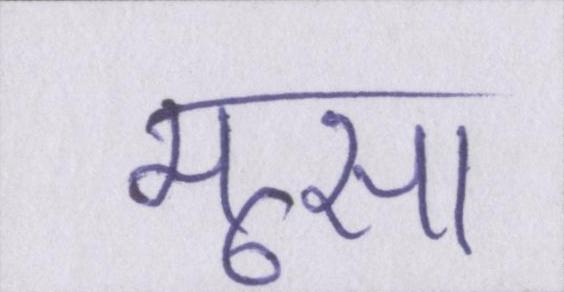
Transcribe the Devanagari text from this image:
मूसा